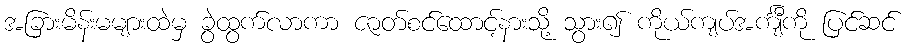
အခြားမိန်းမများထဲမှ ခွဲထွက်လာကာ ဇာတ်စင်ထောင့်နားသို့ သွား၍ ကိုယ်ကျပ်အင်္ကျီကို ပြင်ဆင်